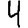
Digit: 4